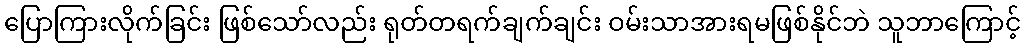
ပြောကြားလိုက်ခြင်း ဖြစ်သော်လည်း ရုတ်တရက်ချက်ချင်း ဝမ်းသာအားရမဖြစ်နိုင်ဘဲ သူဘာကြောင့်